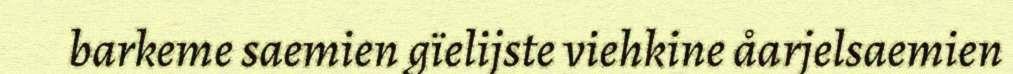
barkeme saemien gïelijste viehkine åarjelsaemien